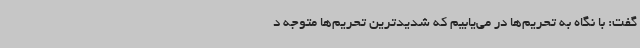
گفت: با نگاه به تحریم‌ها در می‌یابیم که شدیدترین تحریم‌ها متوجه د